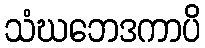
သံဃဘေဒကာပိ